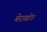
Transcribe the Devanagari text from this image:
बेराखोठ